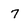
Character: 7